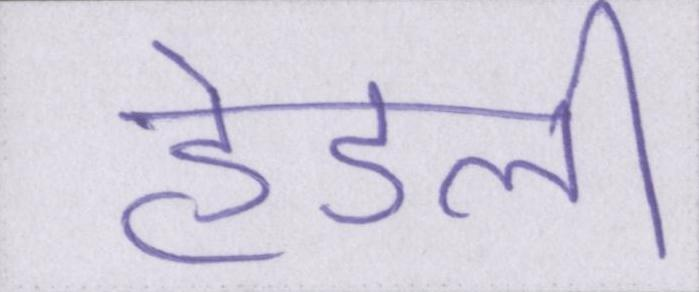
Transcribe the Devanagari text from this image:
हेडली